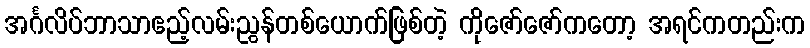
အင်္ဂလိပ်ဘာသာဧည့်လမ်းညွန်တစ်ယောက်ဖြစ်တဲ့ ကိုဇော်ဇော်ကတော့ အရင်ကတည်းက